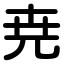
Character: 尭